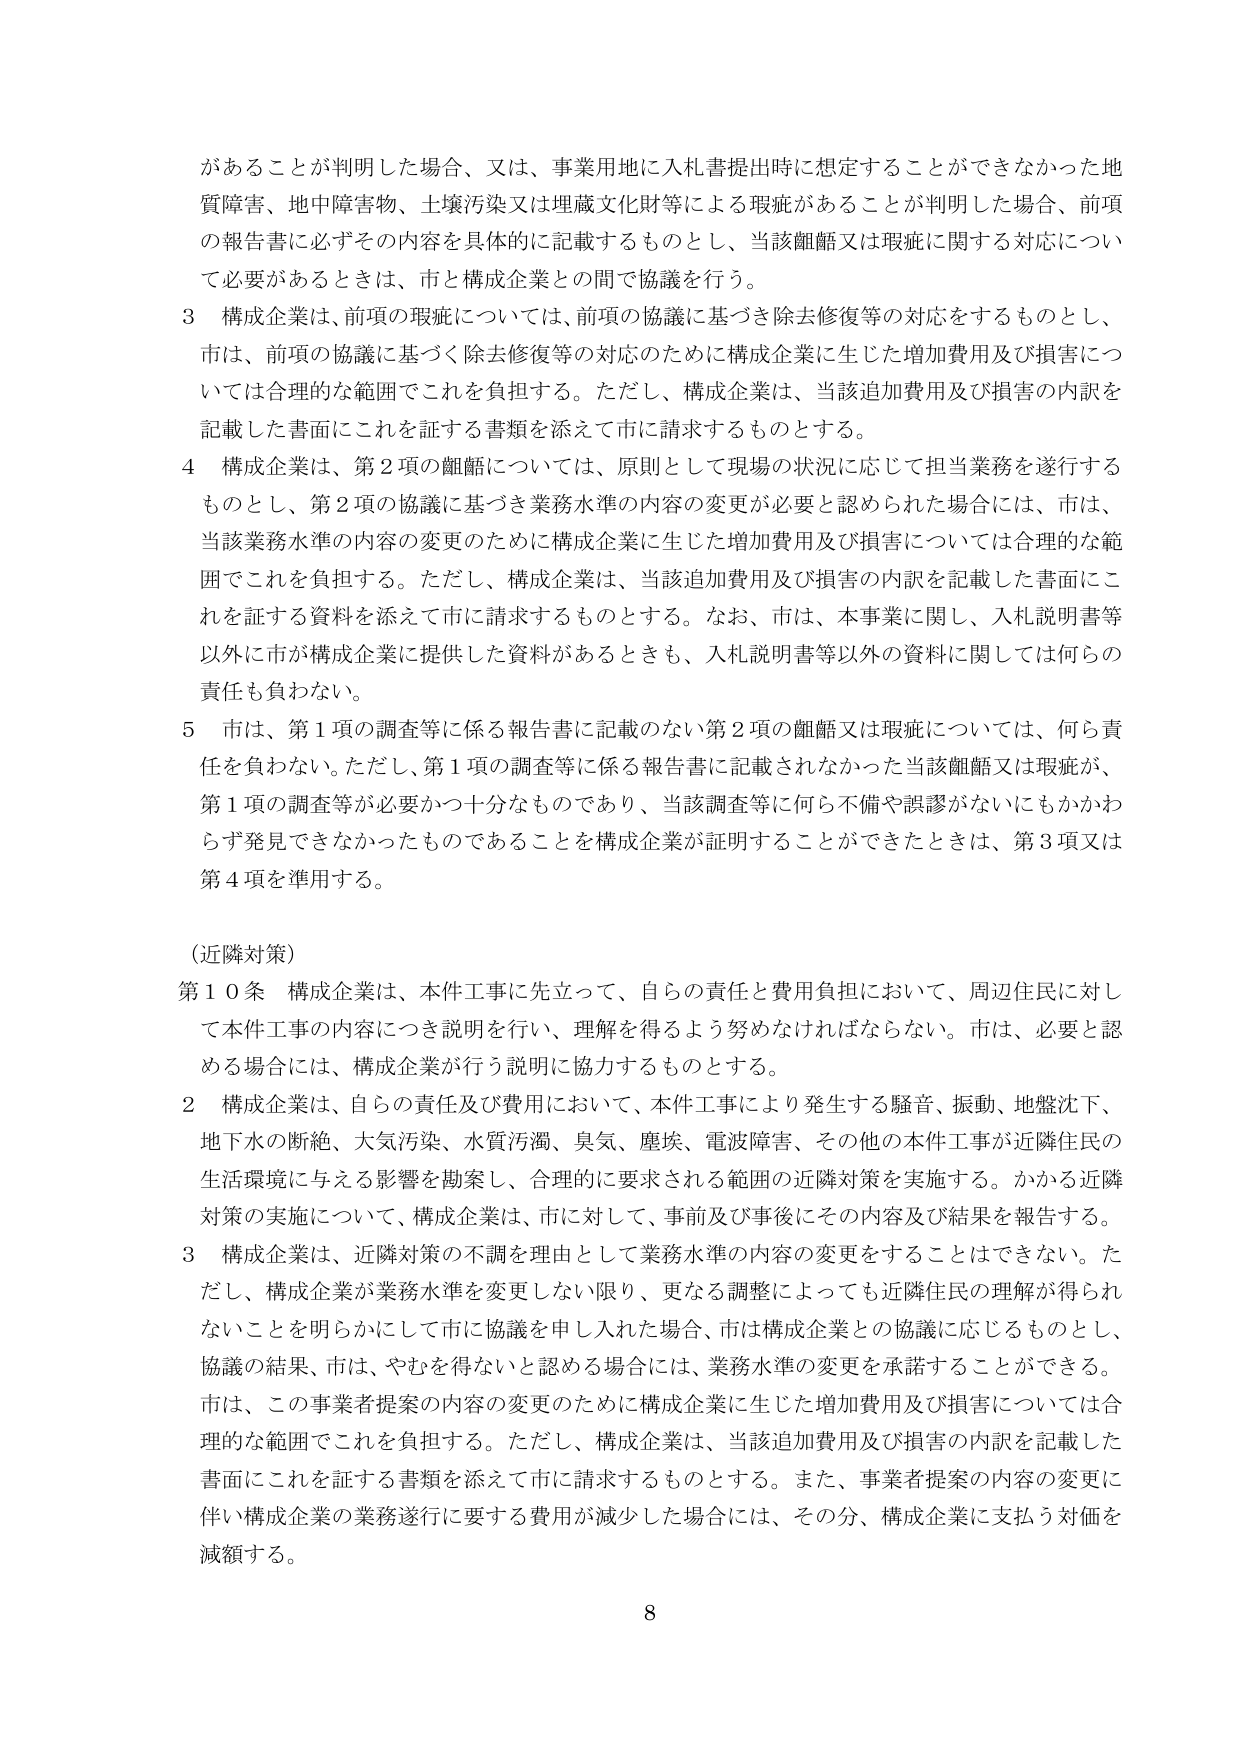
があることが判明した場合、又は、事業用地に入札書提出時に想定することができなかった地質障害、地中障害物、土壌汚染又は埋蔵文化財等による瑕疵があることが判明した場合、前項の報告書に必ずその内容を具体的に記載するものとし、当該齟齬又は瑕疵に関する対応について必要があるときは、市と構成企業との間で協議を行う。

3 構成企業は、前項の瑕疵については、前項の協議に基づき除去修復等の対応をするものとし、市は、前項の協議に基づく除去修復等の対応のために構成企業に生じた増加費用及び損害については合理的な範囲でこれを負担する。ただし、構成企業は、当該追加費用及び損害の内訳を記載した書面にこれを証する書類を添えて市に請求するものとする。

4 構成企業は、第2項の齟齬については、原則として現場の状況に応じて担当業務を遂行するものとし、第2項の協議に基づき業務水準の内容の変更が必要と認められた場合には、市は、当該業務水準の内容の変更のために構成企業に生じた増加費用及び損害については合理的な範囲でこれを負担する。ただし、構成企業は、当該追加費用及び損害の内訳を記載した書面にこれを証する資料を添えて市に請求するものとする。なお、市は、本事業に関し、入札説明書等以外に市が構成企業に提供した資料があるときも、入札説明書等以外の資料に関しては何らの責任も負わない。

5 市は、第1項の調査等に係る報告書に記載のない第2項の齟齬又は瑕疵については、何ら責任を負わない。ただし、第1項の調査等に係る報告書に記載されなかった当該齟齬又は瑕疵が、第1項の調査等が必要かつ十分なものであり、当該調査等に何ら不備や誤謬がないにもかかわらず発見できなかったものであることを構成企業が証明することができたときは、第3項又は第4項を準用する。

（近隣対策）

第10条 構成企業は、本件工事に先立って、自らの責任と費用負担において、周辺住民に対して本件工事の内容につき説明を行い、理解を得るよう努めなければならない。市は、必要と認める場合には、構成企業が行う説明に協力するものとする。

2 構成企業は、自らの責任及び費用において、本件工事により発生する騒音、振動、地盤沈下、地下水の断絶、大気汚染、水質汚濁、臭気、塵埃、電波障害、その他の本件工事が近隣住民の生活環境に与える影響を勘案し、合理的に要求される範囲の近隣対策を実施する。かかる近隣対策の実施について、構成企業は、市に対して、事前及び事後にその内容及び結果を報告する。

3 構成企業は、近隣対策の不調を理由として業務水準の内容の変更をすることはできない。ただし、構成企業が業務水準を変更しない限り、更なる調整によっても近隣住民の理解が得られないことを明らかにして市に協議を申し入れた場合、市は構成企業との協議に応じるものとし、協議の結果、市は、やむを得ないと認める場合には、業務水準の変更を承諾することができる。市は、この事業者提案の内容の変更のために構成企業に生じた増加費用及び損害については合理的な範囲でこれを負担する。ただし、構成企業は、当該追加費用及び損害の内訳を記載した書面にこれを証する書類を添えて市に請求するものとする。また、事業者提案の内容の変更に伴い構成企業の業務遂行に要する費用が減少した場合には、その分、構成企業に支払う対価を減額する。

8